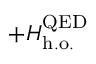
+ H _ { \mathrm { h . o . } } ^ { \mathrm { Q E D } }